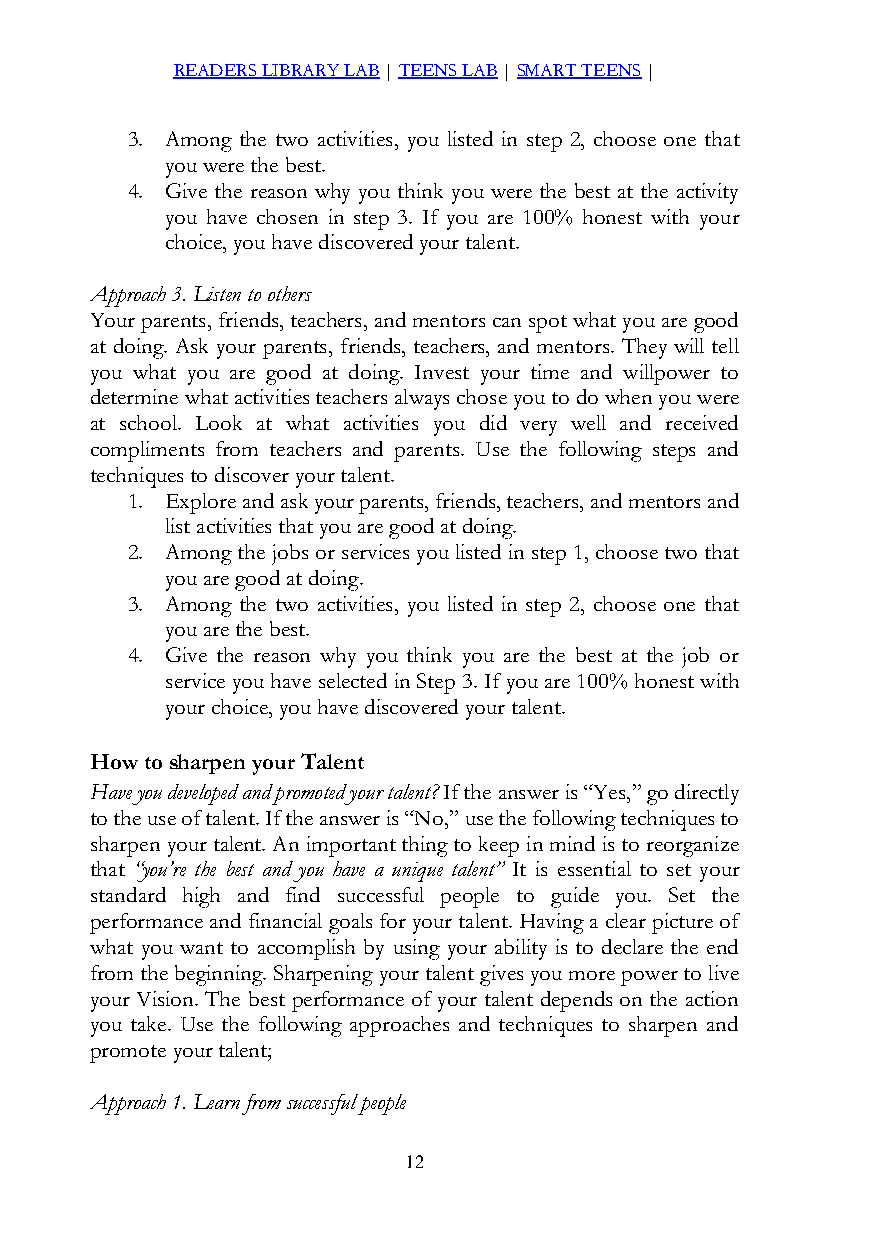
READERS LIBRARY LAB | TEENS LAB | SMART TEENS |
 3. Among the two activities, you listed in step 2, choose one that
 you were the best.
 4. Give the reason why you think you were the best at the activity
 you have chosen in step 3. If you are 100% honest with your
 choice, you have discovered your talent.
 Approach 3. Listen to others
 Your parents, friends, teachers, and mentors can spot what you are good
 at doing. Ask your parents, friends, teachers, and mentors. They will tell
 you what you are good at doing. Invest your time and willpower to
 determine what activities teachers always chose you to do when you were
 at school. Look at what activities you did very well and received
 compliments from teachers and parents. Use the following steps and
 techniques to discover your talent.
 1. Explore and ask your parents, friends, teachers, and mentors and
 list activities that you are good at doing.
 2. Among the jobs or services you listed in step 1, choose two that
 you are good at doing.
 3. Among the two activities, you listed in step 2, choose one that
 you are the best.
 4. Give the reason why you think you are the best at the job or
 service you have selected in Step 3. If you are 100% honest with
 your choice, you have discovered your talent.
 How to sharpen your Talent
 Have you developed and promoted your talent? If the answer is “Yes,” go directly
 to the use of talent. If the answer is “No,” use the following techniques to
 sharpen your talent. An important thing to keep in mind is to reorganize
 that “you’re the best and you have a unique talent” It is essential to set your
 standard high and find successful people to guide you. Set the
 performance and financial goals for your talent. Having a clear picture of
 what you want to accomplish by using your ability is to declare the end
 from the beginning. Sharpening your talent gives you more power to live
 your Vision. The best performance of your talent depends on the action
 you take. Use the following approaches and techniques to sharpen and
 promote your talent;
 Approach 1. Learn from successful people
 12